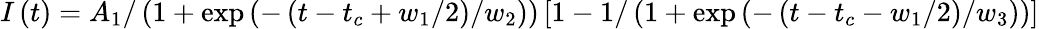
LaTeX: I\left(t\right)=A_{1}/\left(1+\exp\left(-\left(t-t_{c}+w_{1}/2\right)/w_{2}\right)\right)\left[1-1/\left(1+\exp\left(-\left(t-t_{c}-w_{1}/2\right)/w_{3}\right)\right)\right]